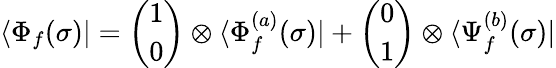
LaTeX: \langle\Phi_{f}(\sigma)|=\binom{1}{0}\otimes\langle\Phi_{f}^{(a)}(\sigma)|+\binom{0}{1}\otimes\langle\Psi_{f}^{(b)}(\sigma)|